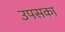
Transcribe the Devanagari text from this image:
उपसका